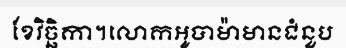
ខែវិច្ឆិកា។លោកអូបាម៉ាមានជំនួប